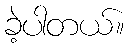
ခဲ့ပါတယ်။